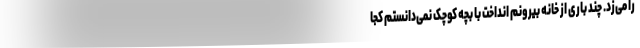
را می‌زد. چند باری از خانه بیرونم انداخت با بچه کوچک نمی‌دانستم کجا